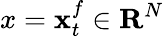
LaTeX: x=\mathbf{x}_{t}^{f}\in\mathbf{R}^{N}